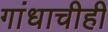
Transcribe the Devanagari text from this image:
गांधाचीही